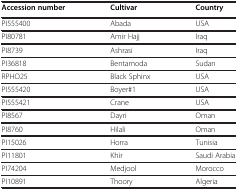
<table><thead><tr><td><b>Accession number</b></td><td><b>Cultivar</b></td><td><b>Country</b></td></tr></thead><tbody><tr><td>PI555400</td><td>Abada</td><td>USA</td></tr><tr><td>PI80781</td><td>Amir Hajj</td><td>Iraq</td></tr><tr><td>PI8739</td><td>Ashrasi</td><td>Iraq</td></tr><tr><td>PI36818</td><td>Bentamoda</td><td>Sudan</td></tr><tr><td>RPHO25</td><td>Black Sphinx</td><td>USA</td></tr><tr><td>PI555420</td><td>Boyer#1</td><td>USA</td></tr><tr><td>PI555421</td><td>Crane</td><td>USA</td></tr><tr><td>PI8567</td><td>Dayri</td><td>Oman</td></tr><tr><td>PI8760</td><td>Hilali</td><td>Oman</td></tr><tr><td>PI15026</td><td>Horra</td><td>Tunisia</td></tr><tr><td>PI11801</td><td>Khir</td><td>Saudi Arabia</td></tr><tr><td>PI74204</td><td>Medjool</td><td>Morocco</td></tr><tr><td>PI10891</td><td>Thoory</td><td>Algeria</td></tr></tbody></table>